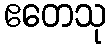
ဧတေသု